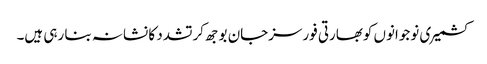
کشمیری نوجوانوں کوبھارتی فورسزجان بوجھ کرتشدد کا نشانہ بنا رہی ہیں۔